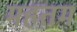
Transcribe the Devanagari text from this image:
महतम